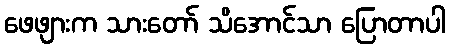
ဖေဖျားက သားတော် သိအောင်သာ ပြောတာပါ